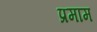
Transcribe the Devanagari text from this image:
प्रमाम